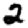
Digit: 2